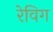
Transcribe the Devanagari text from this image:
रेविग